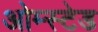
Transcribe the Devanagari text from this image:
ओम्स्टेड